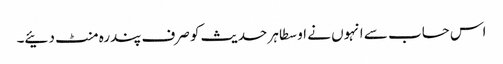
اس حساب سے انہوں نے اوسطا ہر حدیث کو صرف پندرہ منٹ دئیے۔